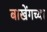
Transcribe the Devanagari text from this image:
बाखेंगच्या